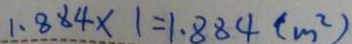
1 . 8 8 4 \times 1 = 1 . 8 8 4 ( m ^ { 2 } )